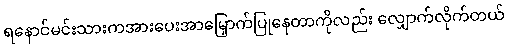
ရနောင်မင်းသားကအားပေးအာမြှောက်ပြုနေတာကိုလည်း လျှောက်လိုက်တယ်